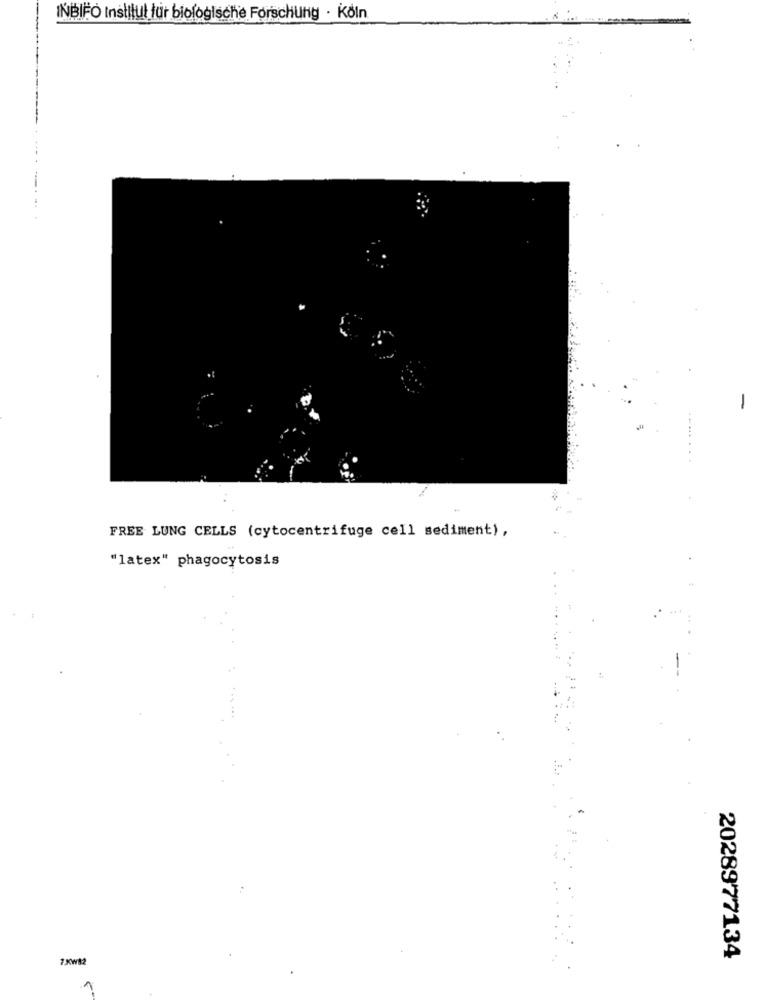
INBIFO Institut fur biologische Forschung . Köln
-
FREE LUNG CELLS (cytocentrifuge cell sediment),
"latex" phagocytosis
7Xw82
2028977134
1